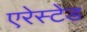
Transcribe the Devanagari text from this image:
एरेस्टेड